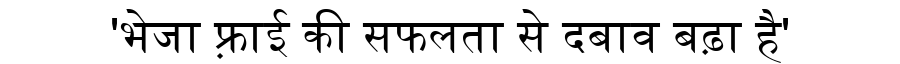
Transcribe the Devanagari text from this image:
'भेजा फ़्राई की सफलता से दबाव बढ़ा है'